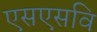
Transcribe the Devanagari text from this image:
एसएसवि